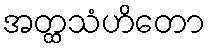
အတ္ထသံဟိတော